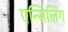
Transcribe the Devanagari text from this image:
एन्सिलिंग